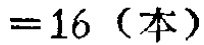
$=16\ （本）$